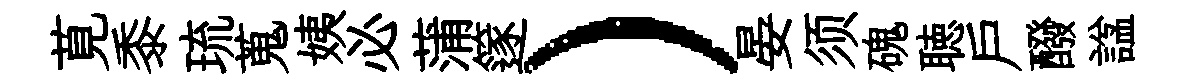
莧黍琉蒐姨必蒲篴）晏须磈聴戶醱諡